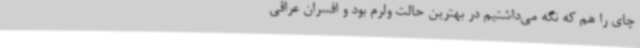
چای را هم که نگه می‌داشتیم در بهترین حالت ولرم بود و افسران عراقی